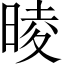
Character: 𣇾